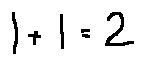
1 + 1 = 2